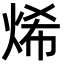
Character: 烯